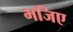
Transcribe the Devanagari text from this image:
भजिए